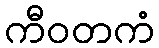
ကီဝတကံ